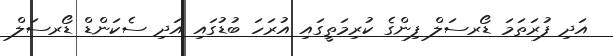
އަދި ފުރަތަމަ ޑޯރސަލް ފިންގެ ކުރިމަތީގައި އުރަހަ ބުޑުގައި އަދި ސެކަންޑް ޑޯރސަލް